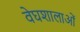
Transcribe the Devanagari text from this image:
वेघशालाओं